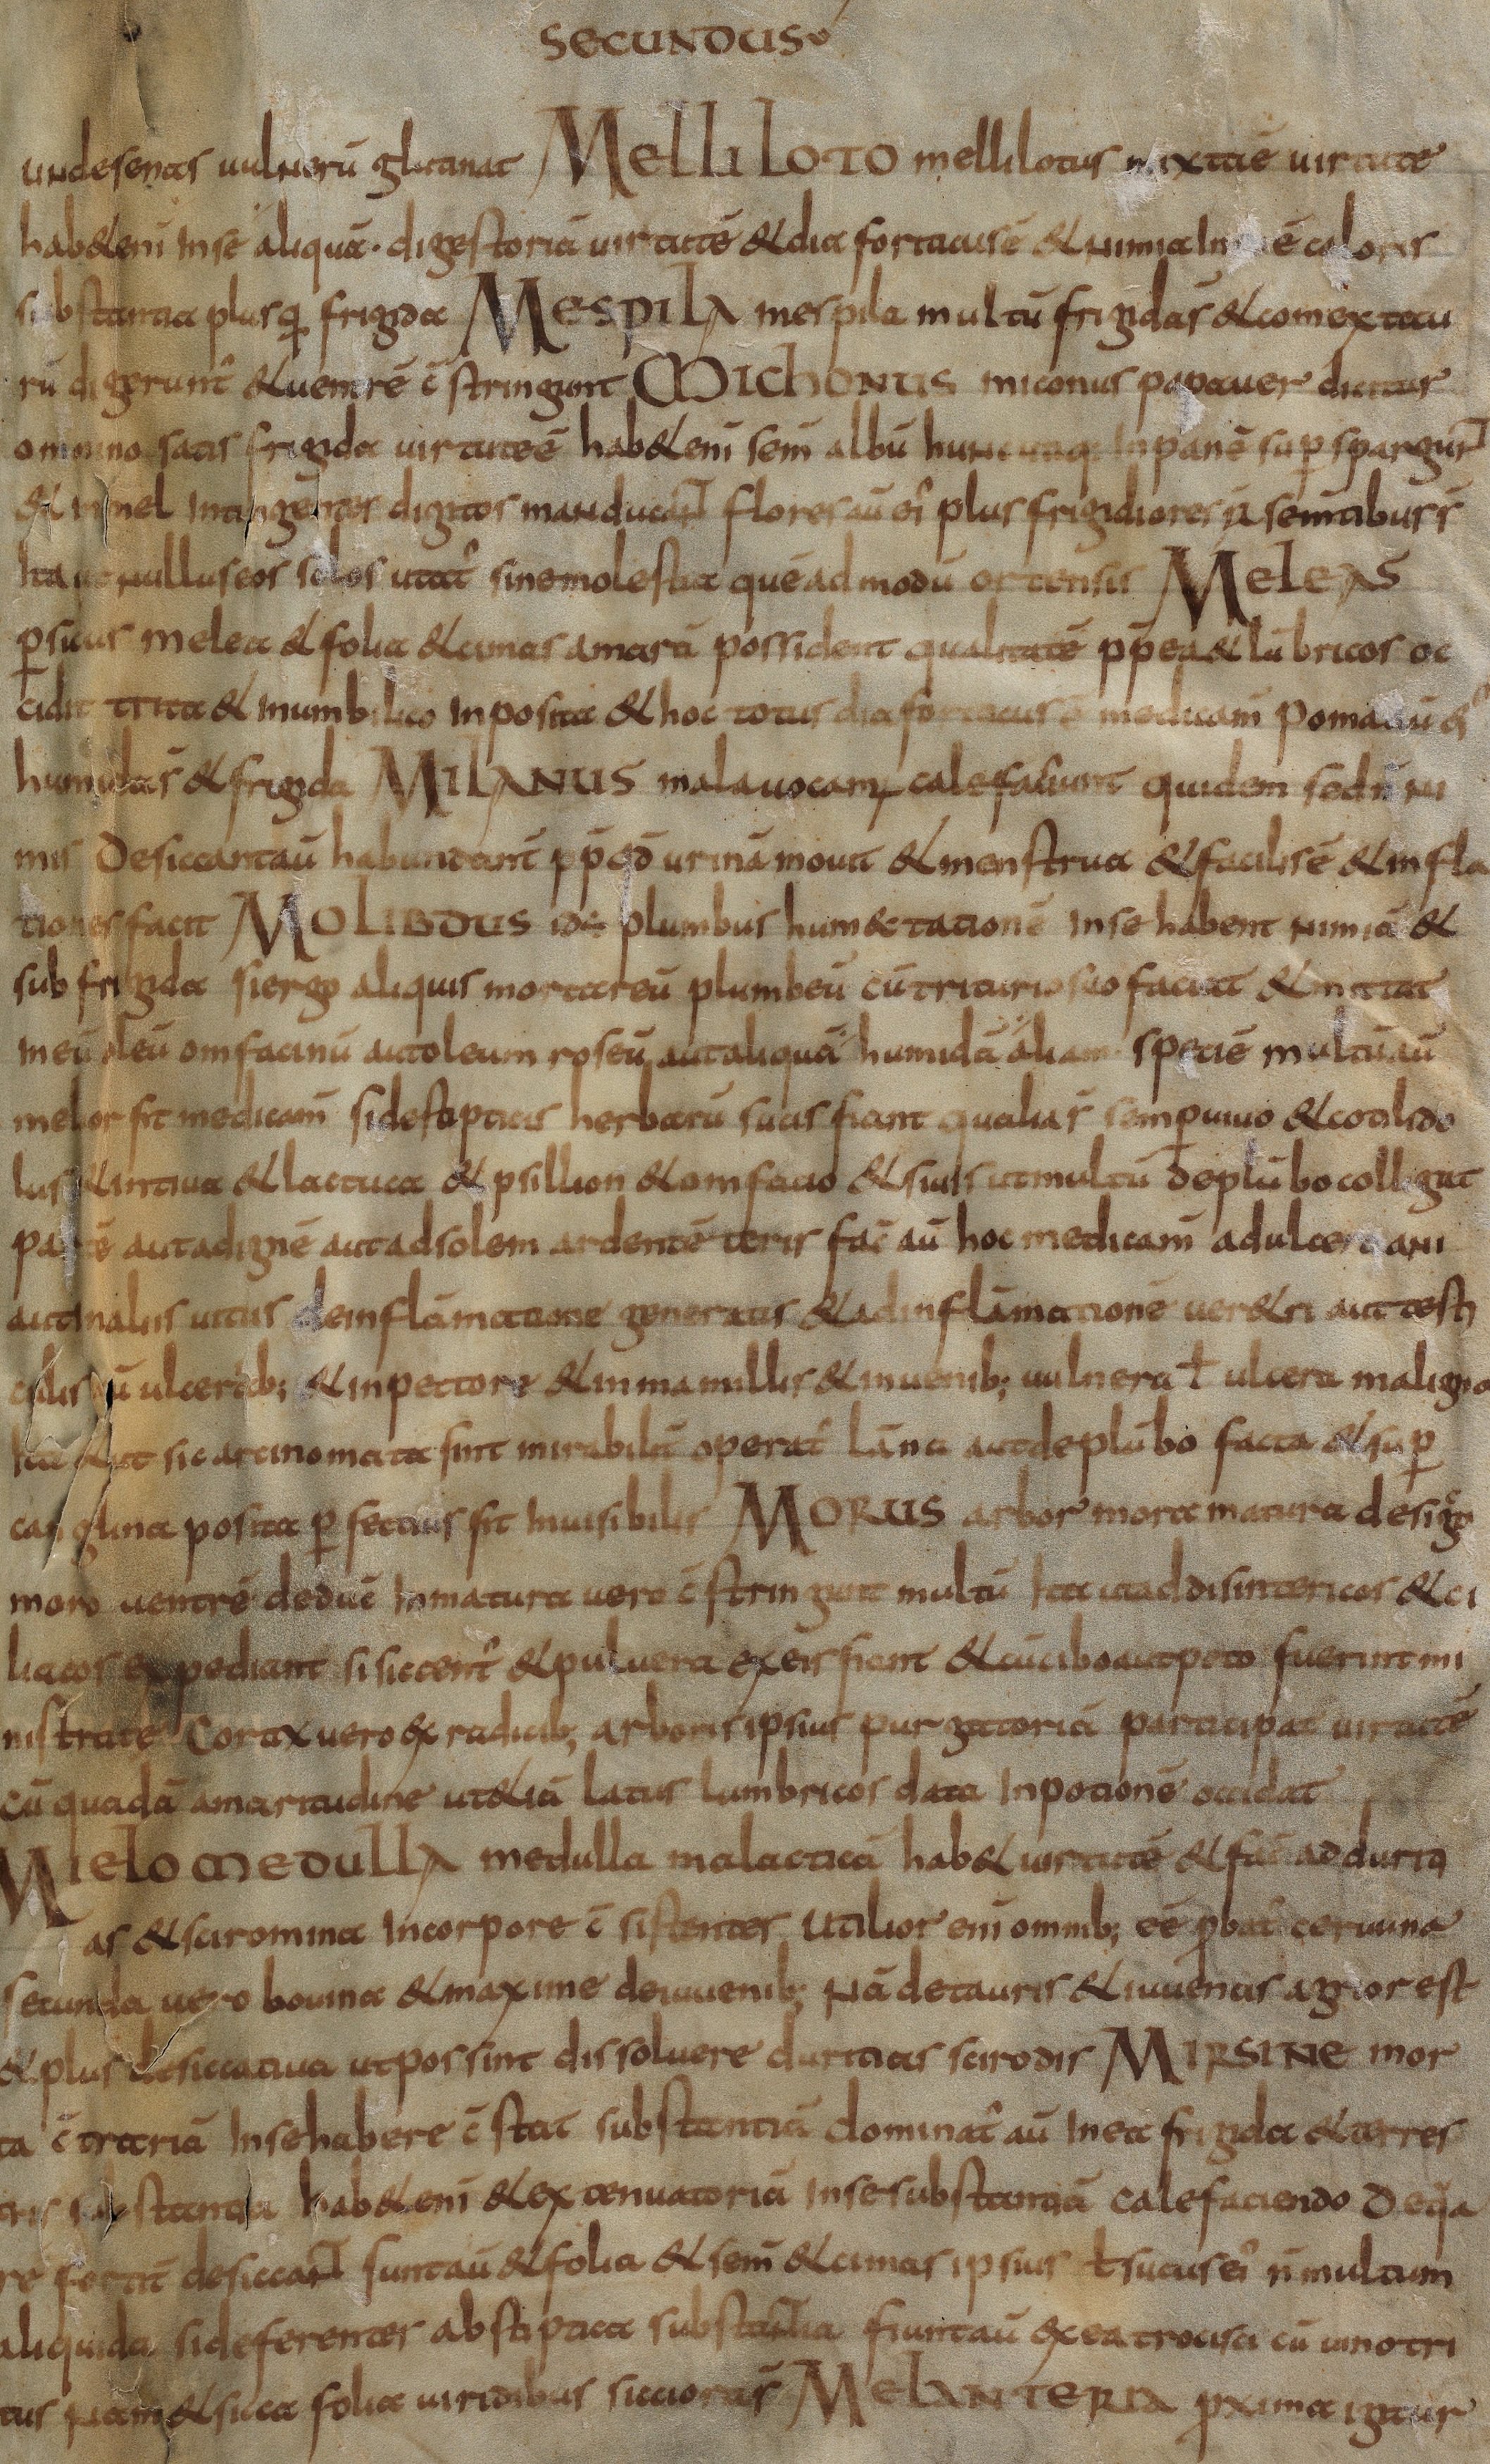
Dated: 800–830